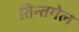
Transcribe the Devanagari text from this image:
तिन्तगेल